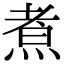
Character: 煮